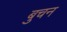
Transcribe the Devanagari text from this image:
बुचन